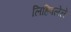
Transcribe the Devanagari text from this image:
लिहिवलेले